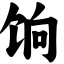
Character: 饷